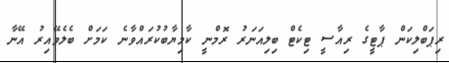
ރިޕަބްލިކަން ޕާޓީގެ ރިއާސީ ޓިކެޓް ބިލިއަނަރު ރޮމްނީ ކާމިޔާބުކުރައްވާނެ ކަމަށް ބެލެވޭއިރު އޭނާ